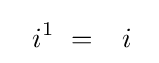
\ \ i^{1}\ ={\phantom {-}}i{\phantom {1}}